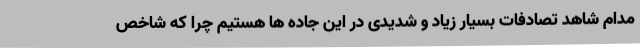
مدام شاهد تصادفات بسیار زیاد و شدیدی در این جاده ها هستیم چرا که شاخص